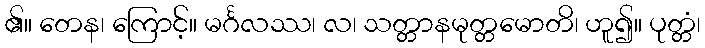
၏။ တေန၊ ကြောင့်။ မင်္ဂလဿ၊ လ၊ သတ္တာနမုတ္တမောတိ၊ ဟူ၍။ ပုတ္တံ၊